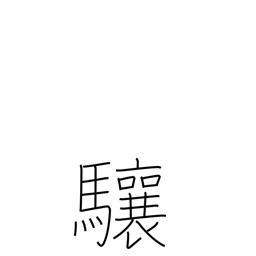
Meaning: lift one's head